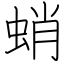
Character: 蛸